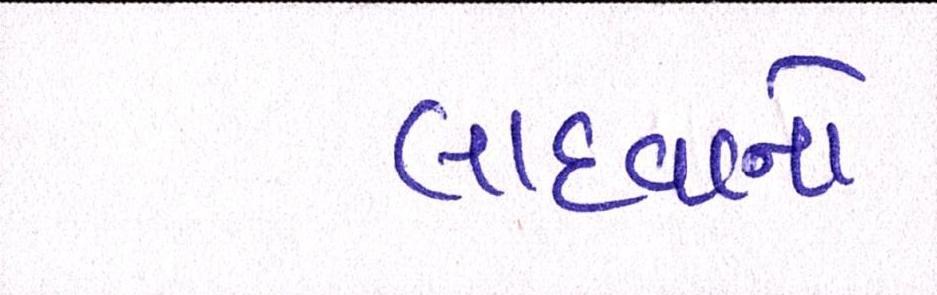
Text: લાદવાનો